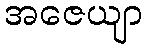
အဇေယျာ